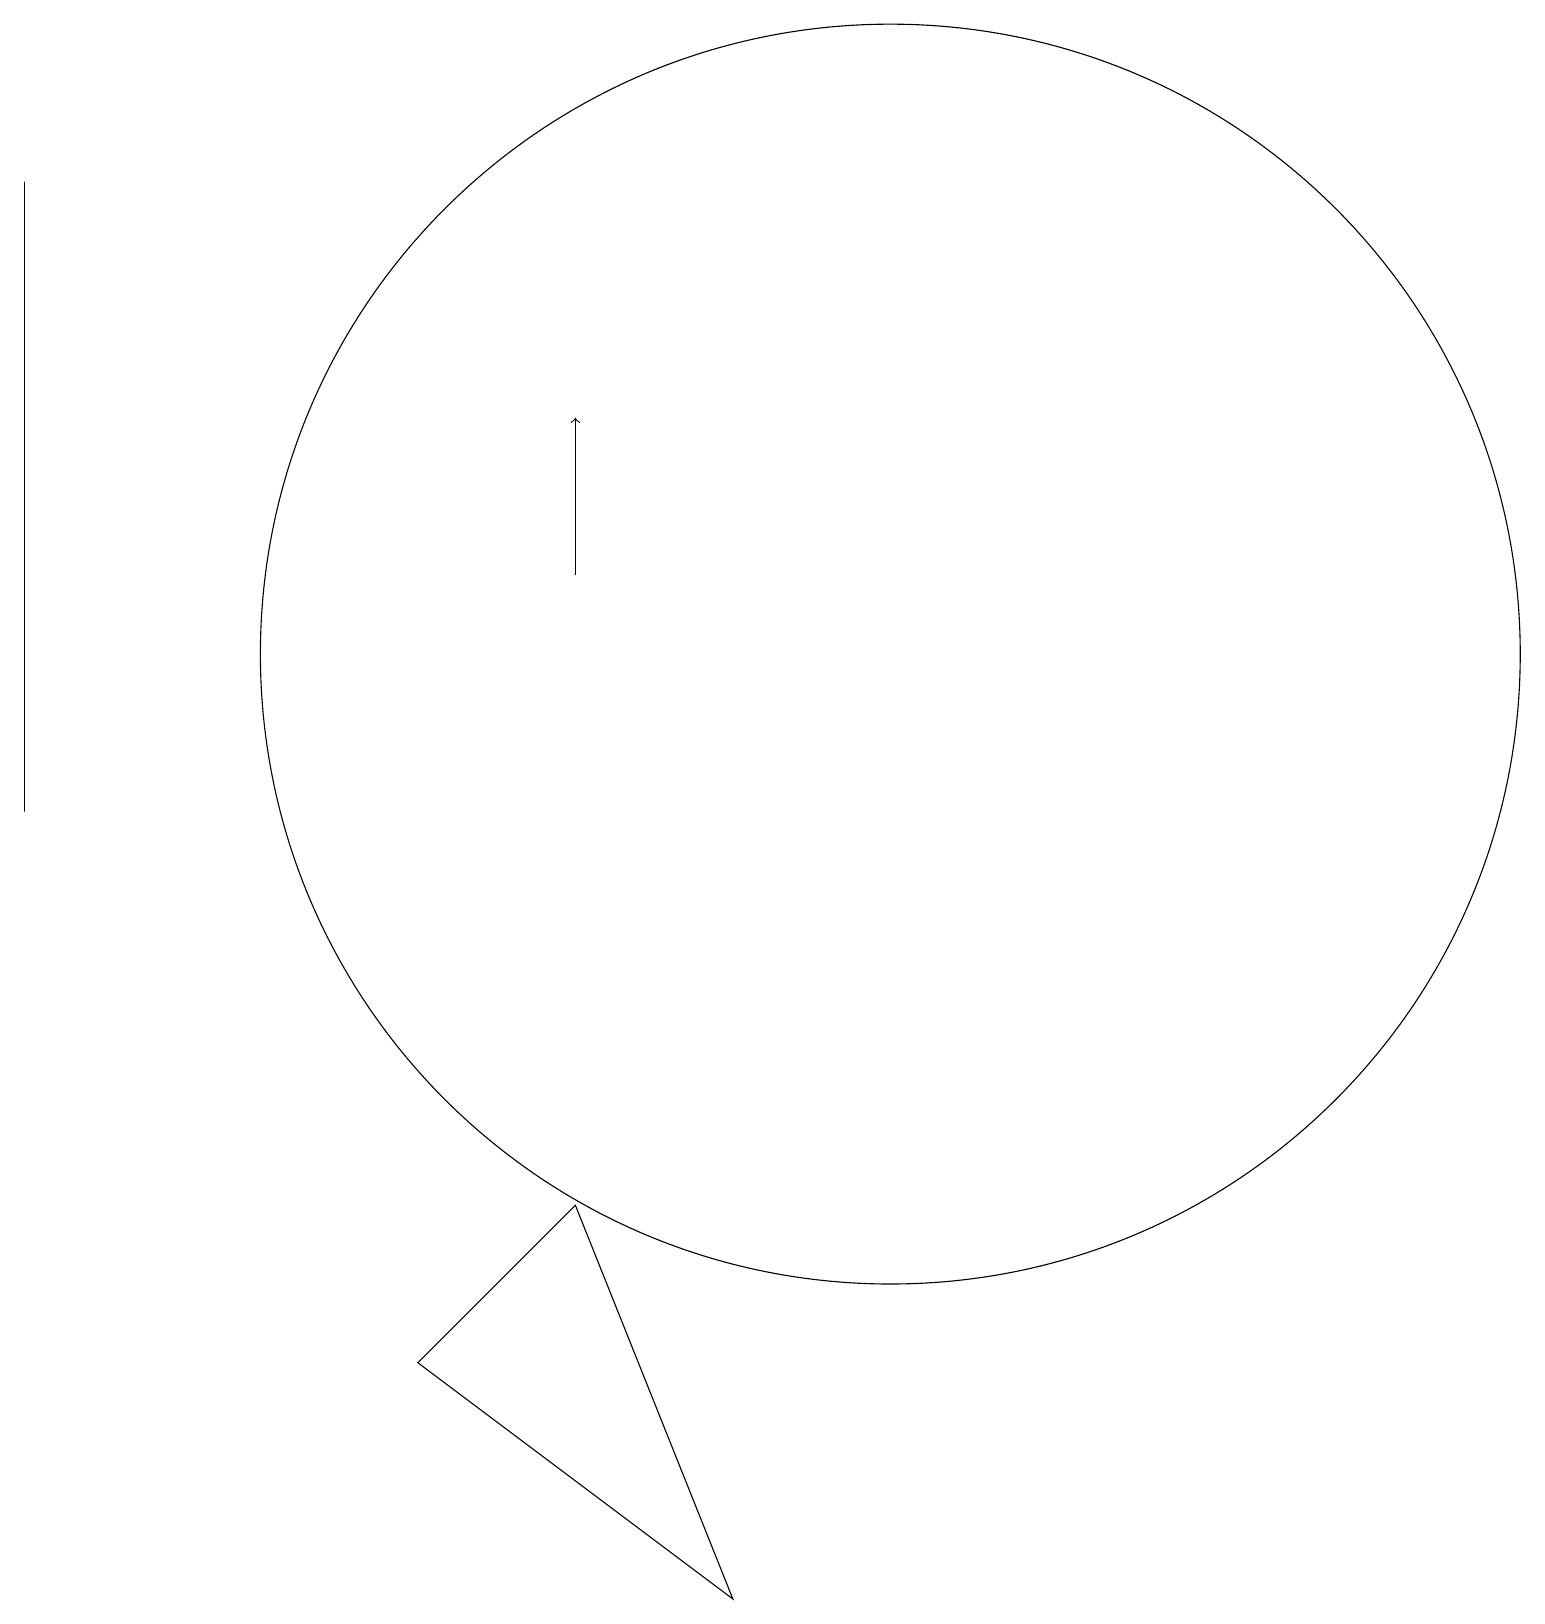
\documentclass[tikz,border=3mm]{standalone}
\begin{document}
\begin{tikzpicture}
\draw (0,18) rectangle (0,10);
\draw (11,12) circle (8);
\draw[->] (7,13) -- (7,15);
\draw (9,0) -- (7,5) -- (5,3) -- cycle;
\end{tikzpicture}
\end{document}